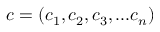
c = ( c _ { 1 } , c _ { 2 } , c _ { 3 } , . . . c _ { n } )